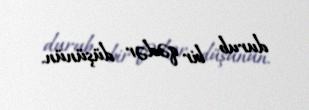
durub bir qədər düşünün.